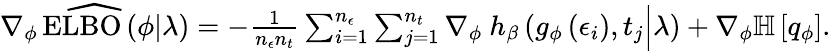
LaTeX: \begin{array}{r}{\widehat{\nabla_{\phi}\operatorname{ELBO}\left(\phi\vert\lambda\right)}=-\frac{1}{n_{\epsilon}n_{t}}\sum_{i=1}^{n_{\epsilon}}\sum_{j=1}^{n_{t}}\nabla_{\phi}\ h_{\beta}\left(g_{\phi}\left(\epsilon_{i}\right),t_{j}\Big\vert\lambda\right)+\nabla_{\phi}\mathbb{H}\left[q_{\phi}\right].}\end{array}